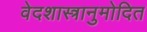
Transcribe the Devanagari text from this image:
वेदशास्त्रानुमोदित